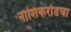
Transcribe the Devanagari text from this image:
नाशिकरोडचा